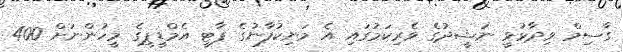
ގާސިމް ވިދާޅުވީ ނަޝީދުގެ ވެރިކަމުގައި އެ މަނިކުފާނުގެ ޕާޓީ އެމްޑީޕީގެ މީހުންނަށް 400